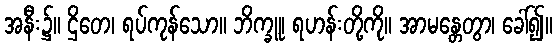
အနီး၌။ ဌိတေ၊ ရပ်ကုန်သော။ ဘိက္ခူ၊ ရဟန်းတို့ကို။ အာမန္တေတွာ၊ ခေါ်၍။